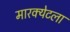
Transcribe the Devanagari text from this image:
मारक्येटला